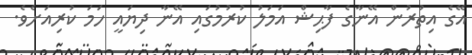
އޭގެ އިތުރުން އޭނާގެ ފާޙިޝް އަމަލު ކުރުމުގައި އޭނާ ދިޔައީ ހަމަ ކުރިއަށެވެ.